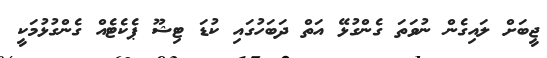
ޖީބަށް ލައިގެން ނުވަތަ ގެންގުޅޭ އަތް ދަބަހުގައި ކުޑަ ޓިޝޫ ޕެކެޓެއް ގެންގުޅުމަކީ